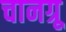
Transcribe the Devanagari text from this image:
चानग्रू